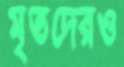
মৃতদেরও